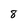
Character: 8